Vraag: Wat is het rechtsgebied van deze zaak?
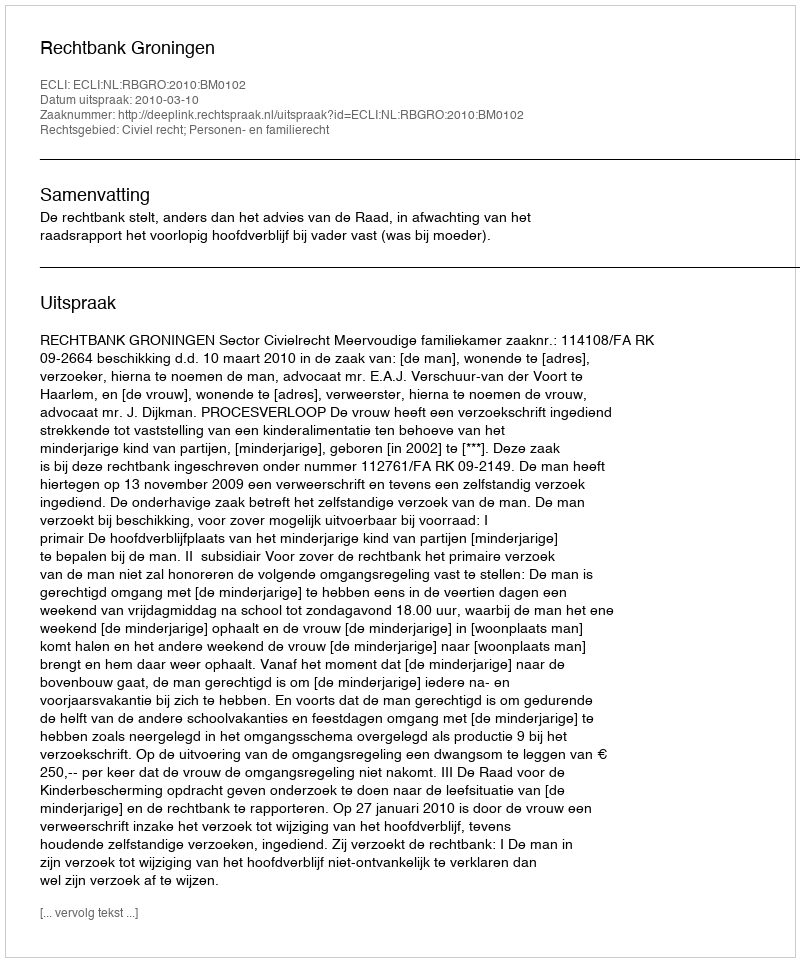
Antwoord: Civiel recht; Personen- en familierecht